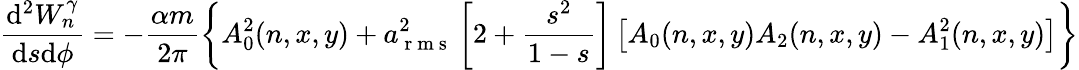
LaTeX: \frac{\mathrm{d}^{2}W_{n}^{\gamma}}{\mathrm{d}s\mathrm{d}\phi}=-\frac{\alpha m}{2\pi}\left\{ A_{0}^{2}(n,x,y)+a_{\mathrm{~r~m~s~}}^{2}\left[2+\frac{s^{2}}{1-s}\right]\left[A_{0}(n,x,y)A_{2}(n,x,y)-A_{1}^{2}(n,x,y)\right]\right\}